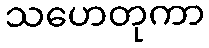
သဟေတုကာ